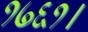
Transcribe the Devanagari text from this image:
१७६१।